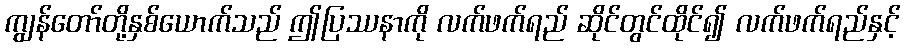
ကျွန်တော်တို့နှစ်ယောက်သည် ဤပြဿနာကို လက်ဖက်ရည် ဆိုင်တွင်ထိုင်၍ လက်ဖက်ရည်နှင့်